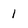
Character: 1